Medical and sanitary report of the native army of Bengal for the year
Year: 1876
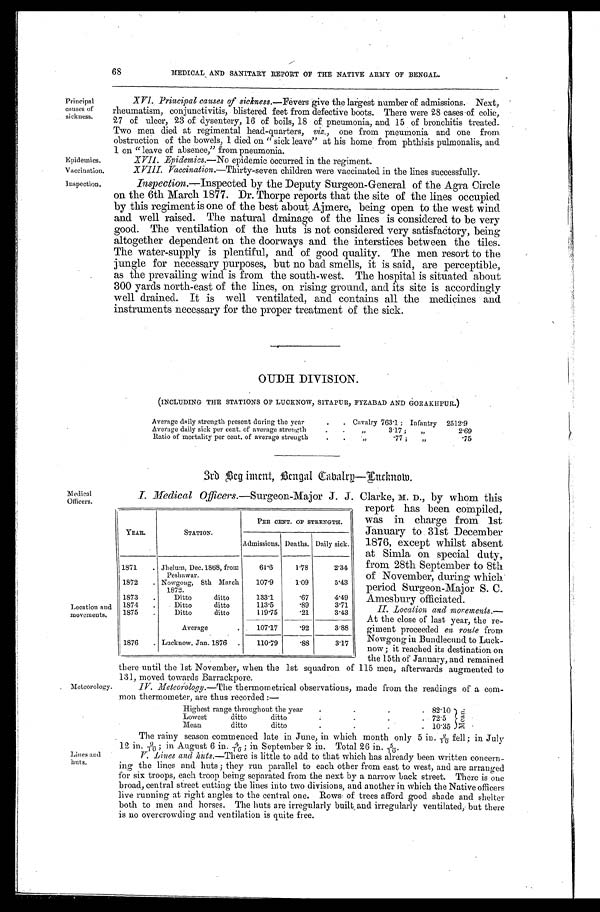
68 MEDICAL AND SANITARY REPORT OF THE NATIVE ARMY OF BENGAL.
Principal
causes of
sickness.
Epidemics.
Vaccination.
Inspection.
XVI. Principal causes of sickness.— Fevers give the largest number of admissions. Next,
rheumatism, conjunctivitis, blistered feet from defective boots. There were 28 cases of colic,
27 of ulcer 23 of dysentery, 16 of boils, 18 of pneumonia, and 15 of bronchitis treated.
Two men died at regimental head-quarters, viz., one from pneumonia and one from
obstruction of the bowels, 1 died on "sick leave" at his home from phthisis pulmonalis, and
1 on "leave of absence," from pneumonia.
XVII. Epidemics.— No epidemic occurred in the regiment.
XVIII. Vaccination.—Thirty-seven children were vaccinated in the lines successfully.
Inspection.—Inspected by the Deputy Surgeon-General of the Agra Circle
on the 6th March 1877. Dr. Thorpe reports that the site of the lines occupied
by this regiment is one of the best about Ajmere, being open to the west wind
and well raised. The natural drainage of the lines is considered to be very
good. The ventilation of the huts is not considered very satisfactory, being
altogether dependent on the doorways and the interstices between the tiles.
The water-supply is plentiful, and of good quality. The men resort to the
jungle for necessary purposes, but no bad smells, it is said, are perceptible,
as the prevailing wind is from the south-west. The hospital is situated about
300 yards north-east of the lines, on rising ground, and its site is accordingly
well drained. It is well ventilated, and contains all the medicines and
instruments necessary for the proper treatment of the sick.
OUDH DIVISION.
(INCLUDING THE STATIONS OF LUCKNOW, SITAPUR, FYZABAD AND GORAKHPUR.)
Average daily strength present during the year
. . Cavalry 763.1; Infantry 2512.9
Average daily sick per cent. of average strength
.
.
„ 3 . 1 7 ; , , 2 . 6 9
Ratio of mortality per cent. of average strength
.
.
„ .77 ; ,, .75
Medical
Officers.
3rd Beg iment, Bengal Cavalry—Lucknow.
I. Medical Officers.—Surgeon-Major J. J. Clarke, M. D., by whom this
Location and
movements.
YEAR.
STATION.
PER CENT. OF STRENGTH.
Admissions. Deaths. Daily sick.
1871
. Jhelum, Dec. 1868, from
Peshawar.
61.6
1.78
2.34
1872 . Nowgong, 8th March
1872.
107.9
1.09
5.43
1873
.
Ditto ditto
133.1
.67
4.49
1874 .
Ditto ditto
113.5
.89
3.71
1875
.
Ditto ditto
119.75
.21
3.43
Average
.
107.17
.92
3.88
1876 . Lucknow, Jan. 1876 .
110.79
.88
3.17
report has been compiled,
was in charge from 1st
January to 31st December
1876, except whilst absent
at Simla on special duty,
from 28th September to 8th
of November, during which
period Surgeon-Major S. C.
Amesbury officiated.
II. Location and movements.—
At the close of last year, the re-
giment proceeded en route from
Nowgong in Bundlecund to Luck-
now ; it reached its destination on
the 15th of January. and remained
Meteorology.
Lines and
huts.
there until the 1st November, when the 1st squadron of 115 men, afterwards augmented to
131, moved towards Barrackpore.
IV Meteorology.—The thermometrical observations, made from the readings of a com-
mon thermometer, are thus recorded :—
Highest range throughout the year
.
.
.
. 82.10 Mean.
Lowest
ditto
d i t t o
.
.
.
. 72.5
Mean
ditto
d i t t o
.
.
.
. 10.35
The rainy season commenced late in June, in which month only 5 in. 2/10 fell; in July
12 in. 9/10 ; in August 6 in. 4/10 ; in September 2 in. Total 26 in. 5/10.
V Lines and huts.—There is little to add to that which has already been written concern-
ing the lines and. huts ; they run parallel to each other from east to west, and are arranged
for six troops, each troop being separated from the next by a narrow back street. There is one
broad, central street cutting the lines into two divisions, and another in which the Native officers
live running at right angles to the central one. Rows of trees afford good shade and shelter
both to men and horses. The huts are irregularly built and irregularly ventilated, but there
is no overcrowding and ventilation is quite free.